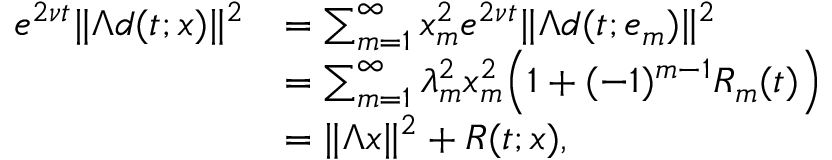
\begin{array} { r l } { e ^ { 2 \nu t } \| \Lambda d ( t ; x ) \| ^ { 2 } } & { = \sum _ { m = 1 } ^ { \infty } x _ { m } ^ { 2 } e ^ { 2 \nu t } \| \Lambda d ( t ; e _ { m } ) \| ^ { 2 } } \\ & { = \sum _ { m = 1 } ^ { \infty } \lambda _ { m } ^ { 2 } x _ { m } ^ { 2 } \Big ( 1 + ( - 1 ) ^ { m - 1 } R _ { m } ( t ) \Big ) } \\ & { = \| \Lambda x \| ^ { 2 } + R ( t ; x ) , } \end{array}